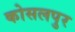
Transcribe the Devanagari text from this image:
कोसलपुर